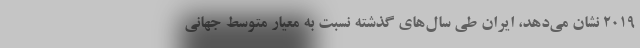
٢٠١٩ نشان می‌دهد، ایران طی سال‌های گذشته نسبت به معیار متوسط جهانی